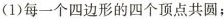
(1)每一个四边形的四个顶点共圆；